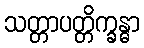
သတ္တာပတ္တိက္ခန္ဓာ